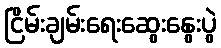
ငြိမ်းချမ်းရေးဆွေးနွေးပွဲ